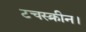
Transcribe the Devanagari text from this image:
टचस्क्रीन।